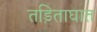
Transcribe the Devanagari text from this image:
तड़िताघात